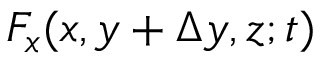
F _ { x } ( x , y + \Delta y , z ; t )